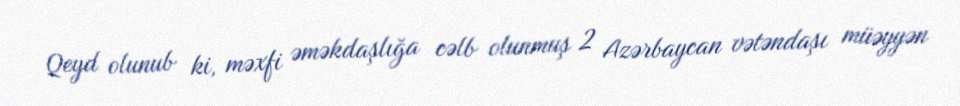
Qeyd olunub ki, məxfi əməkdaşlığa cəlb olunmuş 2 Azərbaycan vətəndaşı müəyyən